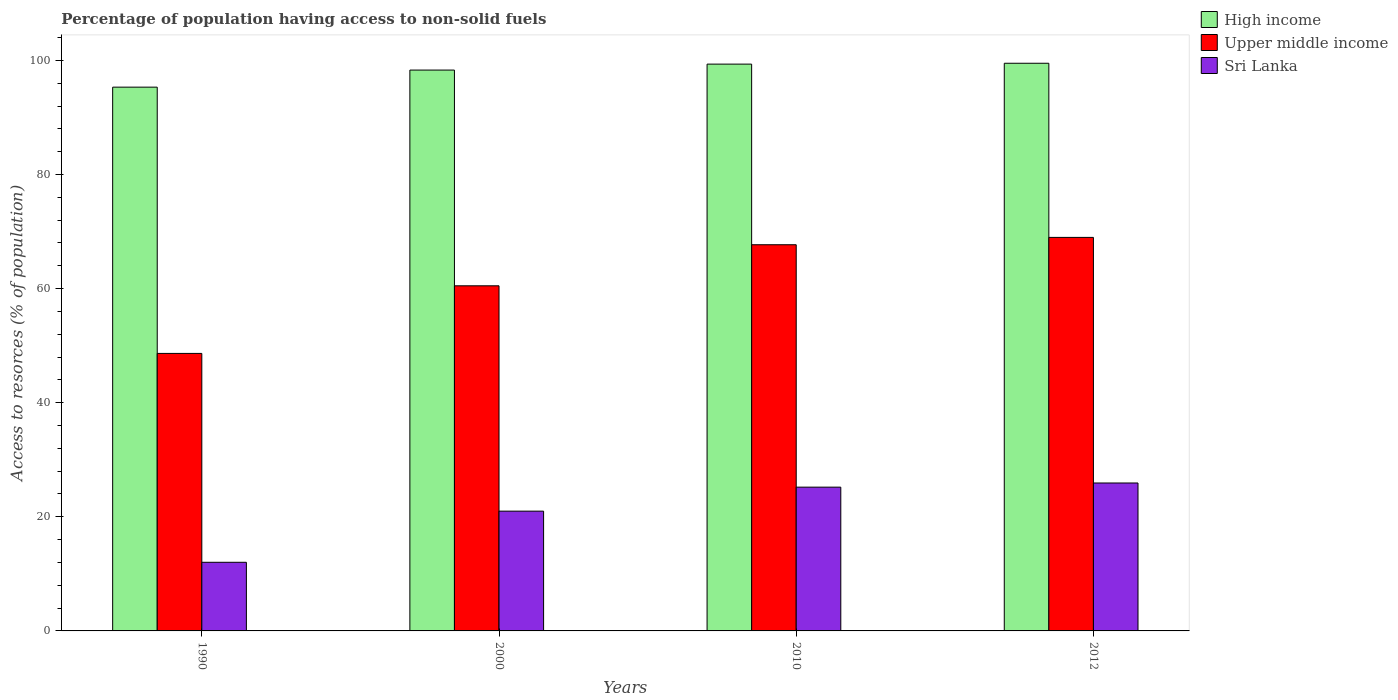
| Years | High income | Upper middle income | Sri Lanka |
 | --- | --- | --- | --- |
 | 1990 | 95.3 | 48.6 | 12 |
 | 2000 | 98.3 | 60.5 | 21 |
 | 2010 | 99.3 | 67.7 | 25.2 |
 | 2012 | 99.5 | 69 | 25.9 |